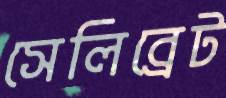
সেলিব্রেট